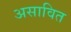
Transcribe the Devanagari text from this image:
असावित